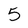
Character: 5